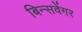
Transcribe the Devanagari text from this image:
बिन्सवेंगर